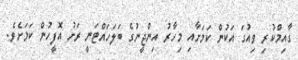
ގާއިމްކުރި ވިއުގަ އަކުން ކަމަށާއި މިހާރު އިންޖީނުގެ ބަލަހައްޓަނީ ރަށު އޮފީހުން ކަމަށެވެ.